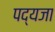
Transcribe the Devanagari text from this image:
पद्यजा